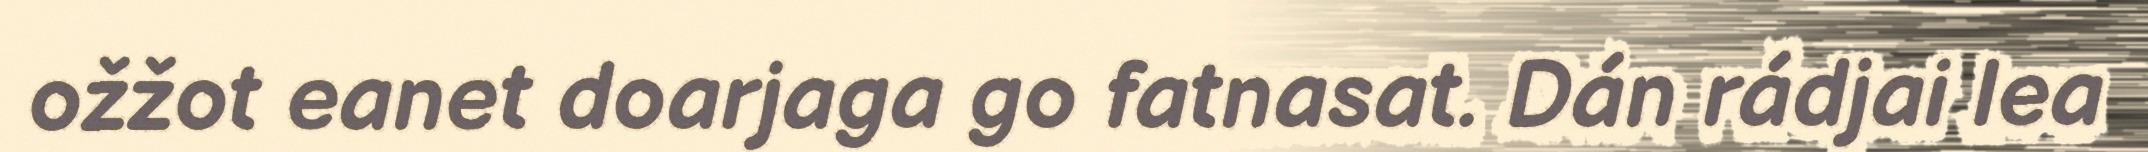
ožžot eanet doarjaga go fatnasat. Dán rádjai lea